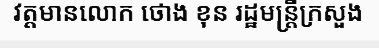
វត្តមានលោក ថោង ខុន រដ្ឋមន្ត្រីក្រសួង